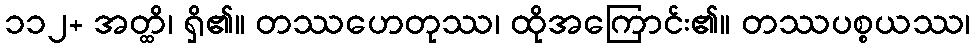
၁၁၂+ အတ္ထိ၊ ရှိ၏။ တဿဟေတုဿ၊ ထိုအကြောင်း၏။ တဿပစ္စယဿ၊